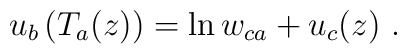
u_b\left( T_a(z)\right) =\ln w_{ca}+u_c(z)\ .